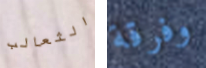
الثعالب وفرقة